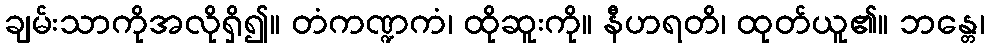
ချမ်းသာကိုအလိုရှိ၍။ တံကဏ္ဍကံ၊ ထိုဆူးကို။ နီဟရတိ၊ ထုတ်ယူ၏။ ဘန္တေ၊